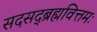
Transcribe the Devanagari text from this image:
सदसद्ब्रह्मवित्तमः